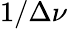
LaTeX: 1/\Delta\nu